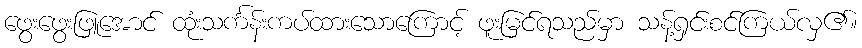
ဖွေးဖွေးဖြူအောင် ထုံးသင်္ကန်းကပ်ထားသောကြောင့် ဖူးမြင်ရသည်မှာ သန့်ရှင်းစင်ကြယ်လှ၏။